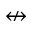
\nleftrightarrow